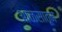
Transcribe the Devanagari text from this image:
आळसातून